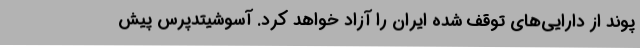
پوند از دارایی‌های توقف شده ایران را آزاد خواهد کرد. آسوشیتدپرس پیش